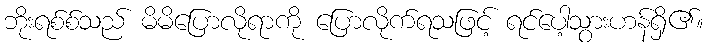
ဘိုးရစ်စ်သည် မိမိပြောလိုရာကို ပြောလိုက်ရသဖြင့် ရင်ပေါ့သွားဟန်ရှိ၏။